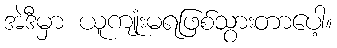
အဲဒီမှာ ယူကျုံးမရဖြစ်သွားတာပေါ့။